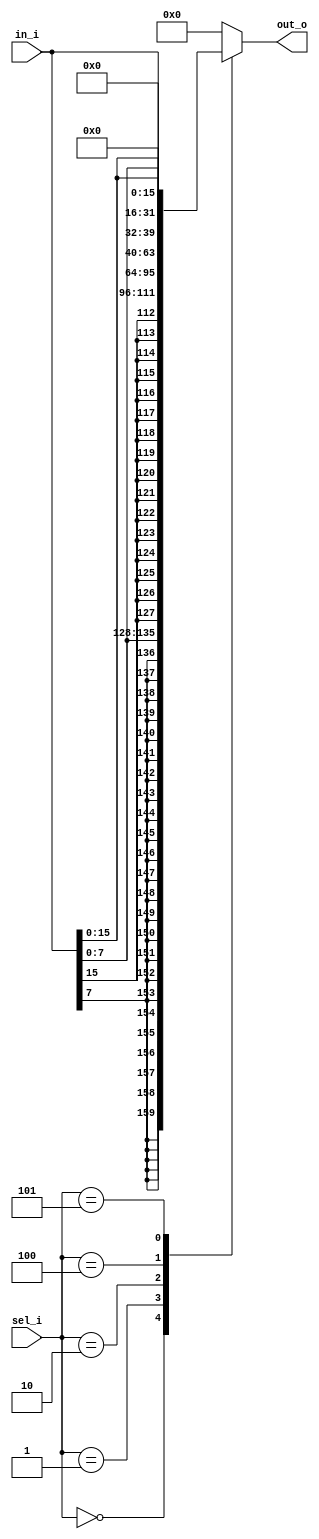
module ext (
  input [31:0] in_i,
  input [2:0] sel_i,
  output reg [31:0] out_o
);

  localparam EXT_SEL_B = 3'b000;
  localparam EXT_SEL_H = 3'b001;
  localparam EXT_SEL_W = 3'b010;
  localparam EXT_SEL_BU = 3'b100;
  localparam EXT_SEL_HU = 3'b101;

  always @(*) begin
    case (sel_i)
      EXT_SEL_B: out_o = {{24{in_i[7]}}, in_i[7:0]};
      EXT_SEL_H: out_o = {{16{in_i[15]}}, in_i[15:0]};
      EXT_SEL_W: out_o = in_i;
      EXT_SEL_BU: out_o = {24'b0, in_i[7:0]};
      EXT_SEL_HU: out_o = {16'b0, in_i[15:0]};
      default: out_o = 32'b0;
    endcase
  end

endmodule